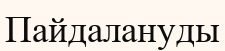
Пайдалануды